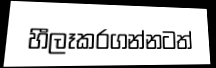
හීලෑකරගන්නටත්